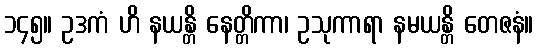
၁၄၅။ ဥဒကံ ဟိ နယန္တိ နေတ္တိကာ၊ ဥသုကာရာ နမယန္တိ တေဇနံ။